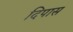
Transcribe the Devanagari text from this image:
दिपास